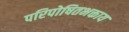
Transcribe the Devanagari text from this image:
परिपोषितभक्ताय